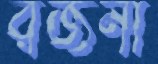
রজনী